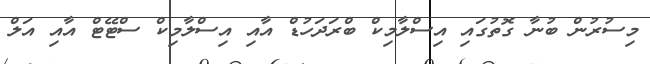
މިސުރުން ބުނާ ގޮތުގައި އިސްލާމިކް ބްރަދަހުޑް އާއި އިސްލާމިކް ސްޓޭޓް އާއި އަލް